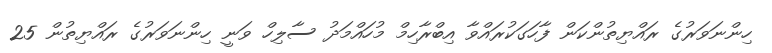
ހިންނަވަރުގެ ރައްޔިތުންކަން ފާހަގަކުރައްވާ އިބްރާހިމް މުހައްމަދު ސާލިހް ވަނީ ހިންނަވަރުގެ ރައްޔިތުން 25